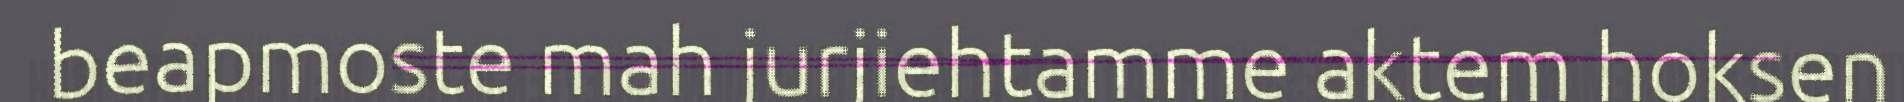
beapmoste mah jurjiehtamme aktem hoksen